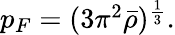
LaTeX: \begin{array}{r}{p_{F}=(3\pi^{2}\bar{\rho})^{\frac{1}{3}}.}\end{array}